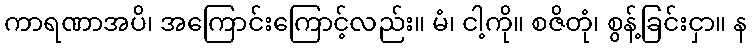
ကာရဏာအပိ၊ အကြောင်းကြောင့်လည်း။ မံ၊ ငါ့ကို။ စဇိတုံ၊ စွန့်ခြင်းငှာ။ န